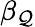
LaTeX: \beta_{\mathcal{Q}}